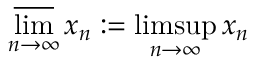
\varlimsup _ { n \to \infty } x _ { n } : = \operatorname* { l i m s u p } _ { n \to \infty } x _ { n }